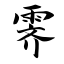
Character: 霁